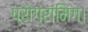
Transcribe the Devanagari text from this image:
प्रोग्रामिंग।